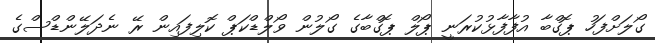
ގޯލަށްފަހު ޕޮގްބާ އުފާފާޅުކުރަނީ ޕޯލް ޕޮގްބާގެ ގޯލުން ވޯލްޑްކަޕް ކޮލިފައިން ރޭ ނެދަލޭންޑްސްގެ